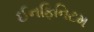
ઈનફિનિટમ